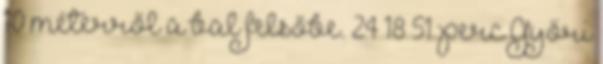
10 méterről a bal felsőbe. 24–18 51. perc Győri